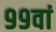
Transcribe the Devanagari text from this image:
९९वां